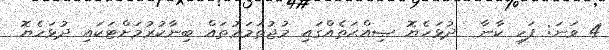
4 ވަނަ: ފަހި ކާނާ  ދުޅަހެޔޮ ޞިއްޙަތެއްގައި މުޖުތަމަޢުތައް ބިނާކުރުމަށްޓަކައި ދުޅަހެޔޮ